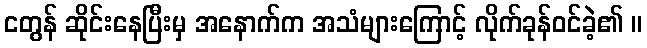
ငတွန် ဆိုင်းနေပြီးမှ အနောက်က အသံများကြောင့် လိုက်ခုန်ဝင်ခဲ့၏ ။